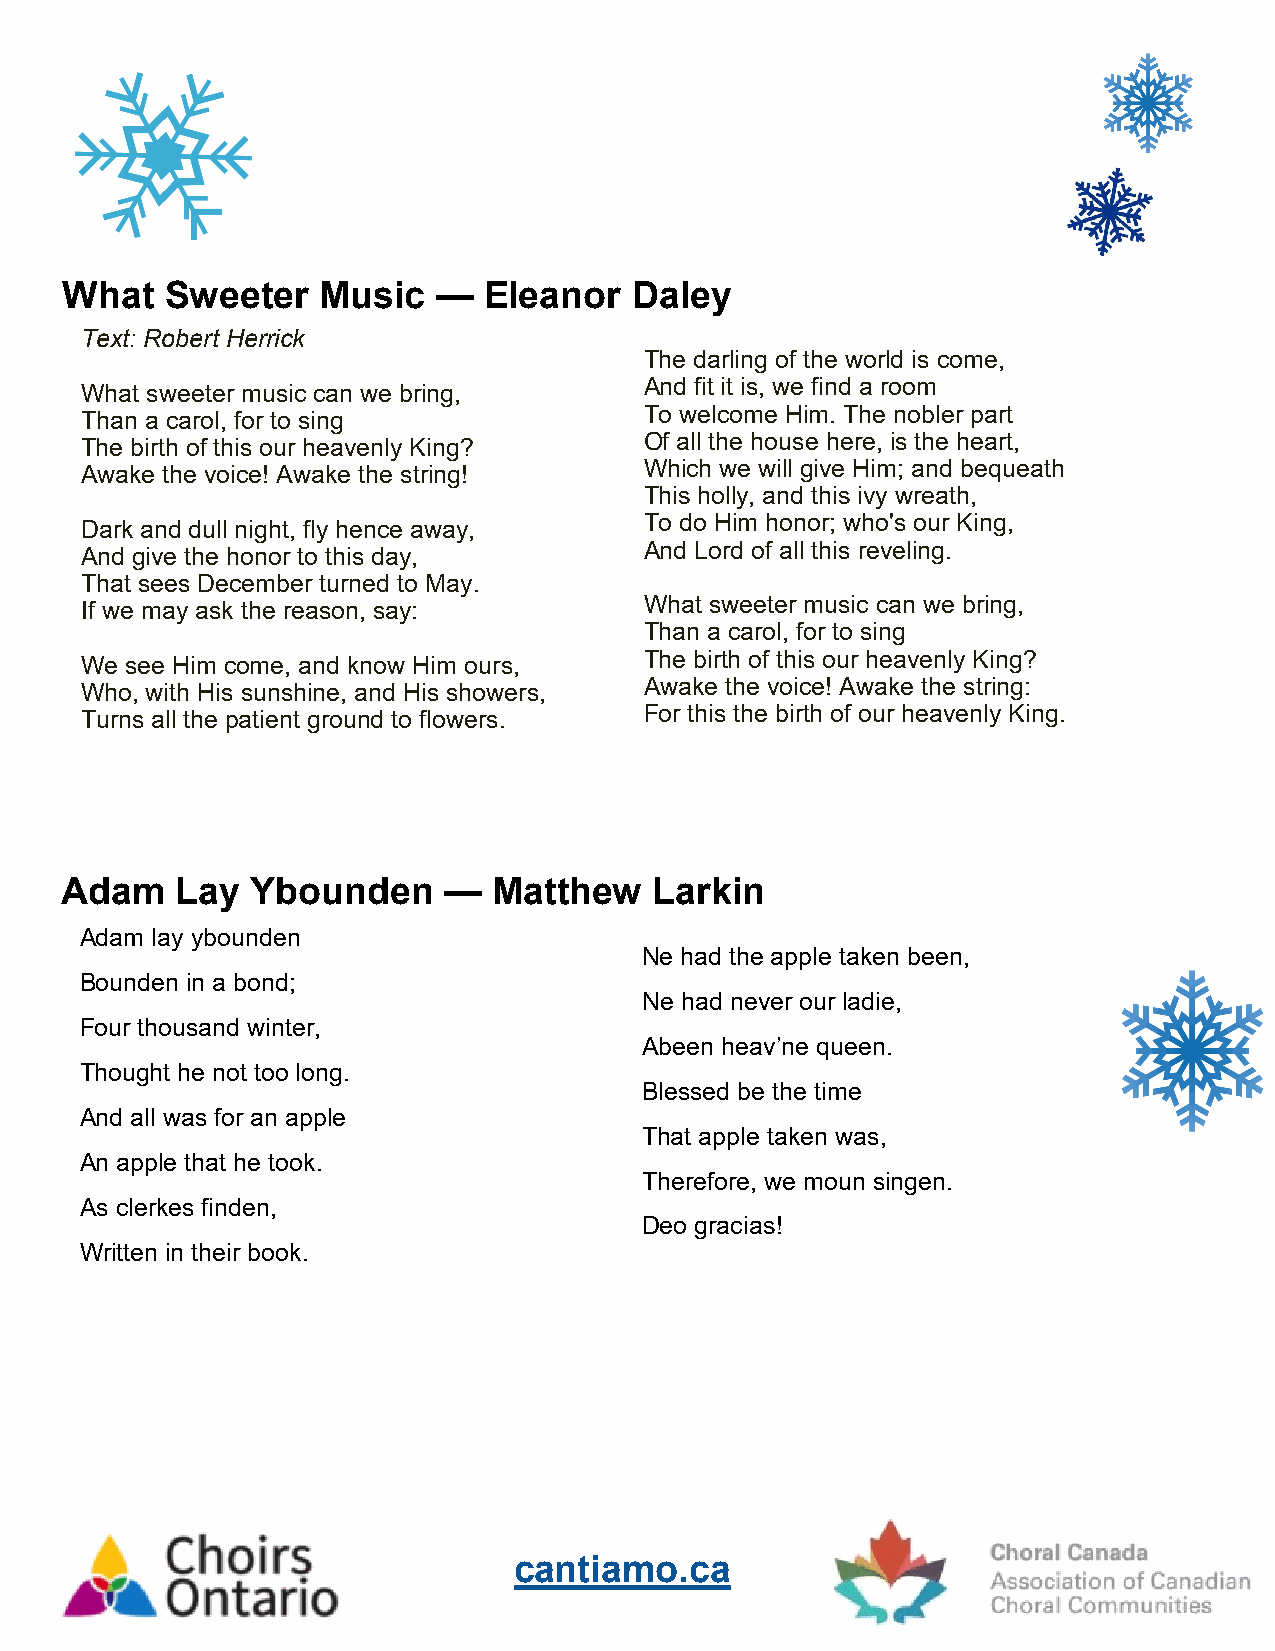
What   Sweeter   Music   —  Eleanor   Daley
 Text: Robert Herrick
 n                                     The darling of the world is come,
 What sweeter music can we bring,      And fit it is, we find a room
 Than a carol, for to sing             To welcome Him. The nobler part
 Of all the house here, is the heart,
 The birth of this our heavenly King?
 Which we will give Him; and bequeath
 Awake the voice! Awake the string!
 This holly, and this ivy wreath,
 Dark and dull night, fly hence away,  To do Him honor; who's our King,
 And give the honor to this day,       And Lord of all this reveling.
 That sees December turned to May.
 What sweeter music can we bring,
 If we may ask the reason, say:
 Than a carol, for to sing
 The birth of this our heavenly King?
 We see Him come, and know Him ours,
 Who, with His sunshine, and His showers, Awake the voice! Awake the string:
 Turns all the patient ground to flowers. For this the birth of our heavenly King.
 Adam    Lay  Ybounden    —   Matthew   Larkin
 Adam lay ybounden
 Ne had the apple taken been,
 Bounden in a bond;
 Ne had never our ladie,
 Four thousand winter,
 Abeen heav’ne queen.
 Thought he not too long.
 Blessed be the time
 And all was for an apple
 That apple taken was,
 An apple that he took.
 Therefore, we moun singen.
 As clerkes finden,
 Deo gracias!
 Written in their book.
 cantiamo.ca